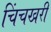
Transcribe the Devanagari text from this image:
चिंचखरी